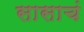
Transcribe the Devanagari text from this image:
सासाचं